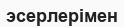
эсерлерімен